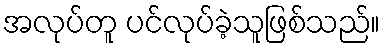
အလုပ်တူ ပင်လုပ်ခဲ့သူဖြစ်သည်။